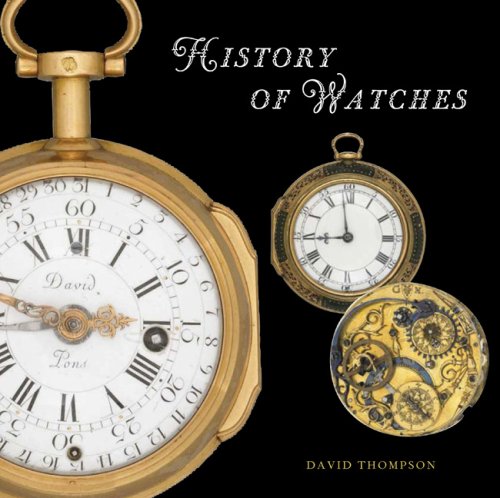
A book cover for The History of Watches; David Thompson; Crafts, Hobbies & Home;